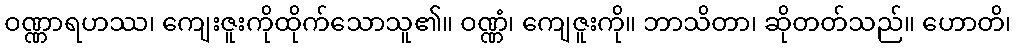
ဝဏ္ဏာရဟဿ၊ ကျေးဇူးကိုထိုက်သောသူ၏။ ဝဏ္ဏံ၊ ကျေဇူးကို။ ဘာသိတာ၊ ဆိုတတ်သည်။ ဟောတိ၊